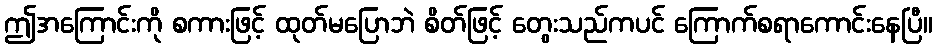
ဤအကြောင်းကို စကားဖြင့် ထုတ်မပြောဘဲ စိတ်ဖြင့် တွေးသည်ကပင် ကြောက်စရာကောင်းနေပြီ။